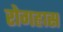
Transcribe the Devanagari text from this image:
रोगह्रास